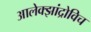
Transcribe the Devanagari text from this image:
आलेक्झांद्रोविच